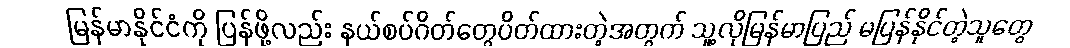
မြန်မာနိုင်ငံကို ပြန်ဖို့လည်း နယ်စပ်ဂိတ်တွေပိတ်ထားတဲ့အတွက် သူ့လိုမြန်မာပြည် မပြန်နိုင်တဲ့သူတွေ